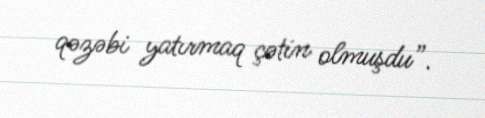
qəzəbi yatırmaq çətin olmuşdu”.